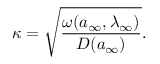
\kappa = \sqrt { \frac { \omega ( a _ { \infty } , \lambda _ { \infty } ) } { D ( a _ { \infty } ) } } .